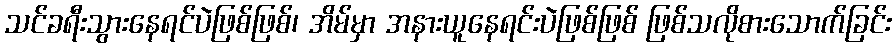
သင်ခရီးသွားနေရင်ပဲဖြစ်ဖြစ်၊ အိမ်မှာ အနားယူနေရင်းပဲဖြစ်ဖြစ် ဖြစ်သလိုစားသောက်ခြင်း